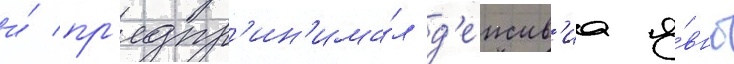
и́ пр'едпр'ин'има́л д'еиств'иа я́вно